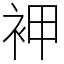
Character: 䘥